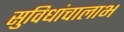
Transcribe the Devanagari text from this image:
सुविधांचालाभ